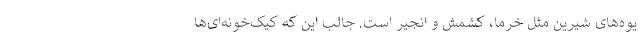
یوه‌های شیرین مثل خرما، کشمش و انجیر است. جالب این که کیک‌خونه‌ای‌ها